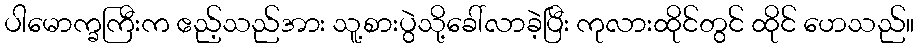
ပါမောက္ခကြီးက ဧည့်သည်အား သူ့စားပွဲသို့ခေါ်လာခဲ့ပြီး ကုလားထိုင်တွင် ထိုင် ဟေသည်။